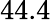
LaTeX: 44.4